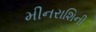
મીનરાશિની